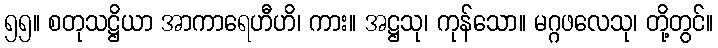
၅၅။ စတုသဋ္ဌိယာ အာကာရေဟီဟိ၊ ကား။ အဋ္ဌသု၊ ကုန်သော။ မဂ္ဂဖလေသု၊ တို့တွင်။